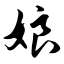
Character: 娘